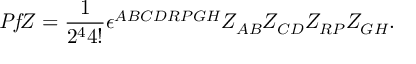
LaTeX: { \it P f } Z = { \frac { 1 } { 2 ^ { 4 } 4 ! } } \epsilon ^ { A B C D R P G H } Z _ { A B } Z _ { C D } Z _ { R P } Z _ { G H } .